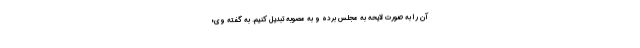
آن را به صورت لایحه به مجلس برده و به مصوبه تبدیل کنیم. به گفته وی؛